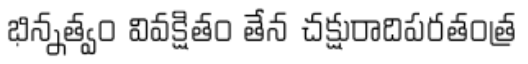
భిన్నత్వం వివక్షితం తేన చక్షురాదిపరతంత్ర